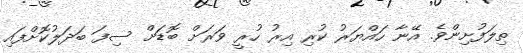
ތިލަފުށިންވެ. އޭނާ ހައްޔަރު ކުރި އިރު ހުރީ ވަަރަށް ބޮޑަށް ސިފަ ބަދަލުކޮށްފައި